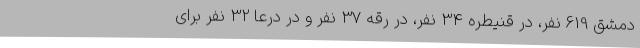
دمشق 619 نفر، در قنیطره 34 نفر، در رقه 37 نفر و در درعا 32 نفر برای